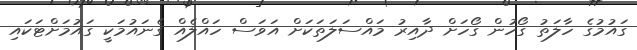
ގައުމުގެ ހާލަތު ގޯހުން ގޯހަށް ދާއިރު މައްސަލަތަކަށް އަވަސް ހައްލެއް ގެނައުމަކީ ގައުމަށްޓަކައި